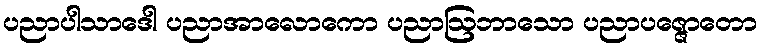
ပညာပါသာဒေါ ပညာအာလောကော ပညာဩဘာသော ပညာပဇ္ဇောတော